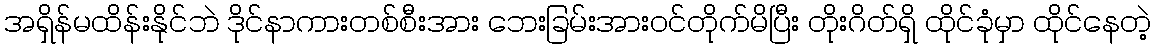
အရှိန်မထိန်းနိုင်ဘဲ ဒိုင်နာကားတစ်စီးအား ဘေးခြမ်းအားဝင်တိုက်မိပြီး တိုးဂိတ်ရှိ ထိုင်ခုံမှာ ထိုင်နေတဲ့